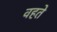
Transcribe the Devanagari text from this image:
वहते